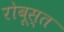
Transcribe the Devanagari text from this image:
रोबूस्त